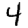
Digit: 4